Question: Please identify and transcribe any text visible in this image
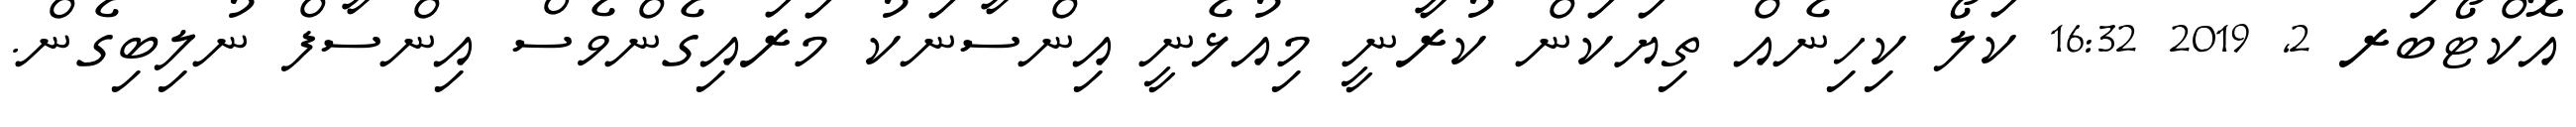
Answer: އޮކްޓޯބަރ 2, 2019 16:32 ކަލޯ ކިހިނެއް ތިޔަކަން ކުރާނީ މިއުޅެނީ އިންސާނަކު މަރައިގެންވެސް އިންސާފް ނުލިބިގެން.